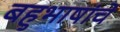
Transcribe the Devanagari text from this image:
बहुभाषांचे